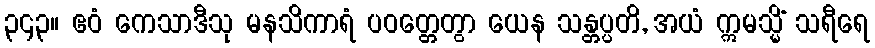
၃၄၃။ ဧဝံ ကေသာဒီသု မနသိကာရံ ပဝတ္တေတွာ ယေန သန္တပ္ပတိ, အယံ ဣမသ္မိံ သရီရေ